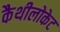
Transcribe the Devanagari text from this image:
कैथीलोकेट